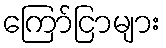
ကြော်ငြာများ